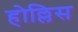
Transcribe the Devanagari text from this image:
होल्लिस